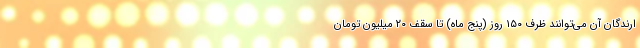
ارندگان آن می‌توانند ظرف ۱۵۰ روز (پنج ماه) تا سقف ۲۰ میلیون تومان